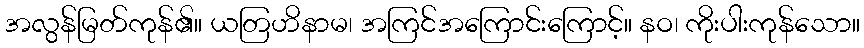
အလွန်မြတ်ကုန်၏။ ယတြဟိနာမ၊ အကြင်အကြောင်းကြောင့်။ နဝ၊ ကိုးပါးကုန်သော။